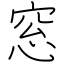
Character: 窓